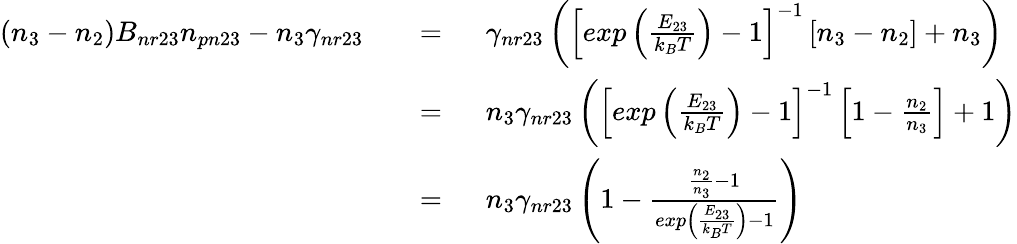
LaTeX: \begin{array}{rlrl}{(n_{3}-n_{2})B_{nr23}n_{pn23}-n_{3}\gamma_{nr23}}&{}&{=\; \; }&{\gamma_{nr23}\left(\left[exp\left(\frac{E_{23}}{k_{B}T}\right)-1\right]^{-1}\left[n_{3}-n_{2}\right]+n_{3}\right)}\\ &{}&{=\; \; }&{n_{3}\gamma_{nr23}\left(\left[exp\left(\frac{E_{23}}{k_{B}T}\right)-1\right]^{-1}\left[1-\frac{n_{2}}{n_{3}}\right]+1\right)}\\ &{}&{=\; \; }&{n_{3}\gamma_{nr23}\left(1-\frac{\frac{n_{2}}{n_{3}}-1}{exp\left(\frac{E_{23}}{k_{B}T}\right)-1}\right)}\end{array}